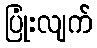
ပြုံးလျက်